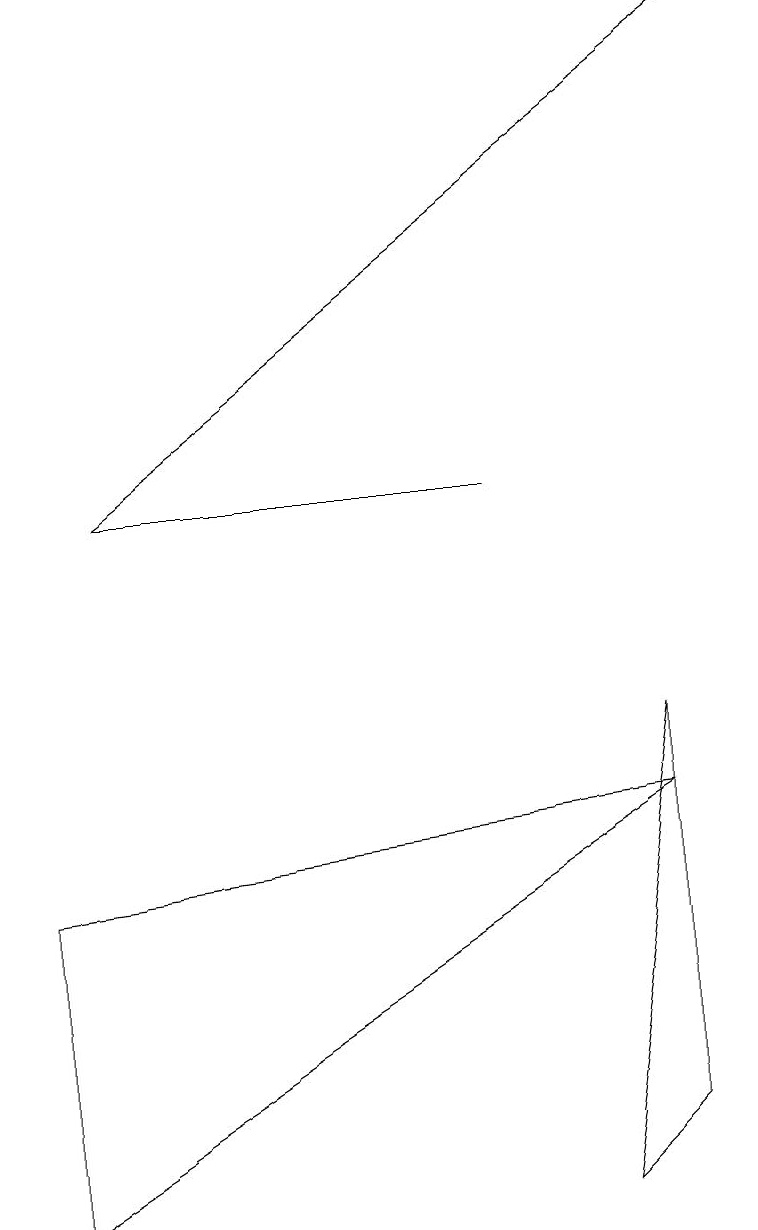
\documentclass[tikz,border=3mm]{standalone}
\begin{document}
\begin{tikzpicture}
\draw (8,7) -- (7,1) -- (8,2) -- cycle;
\draw (0,5) -- (8,6) -- (0,1) -- cycle;
\draw[->] (1,10) -- (9,16);
\draw (6,10) rectangle (1,10);
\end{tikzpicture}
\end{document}